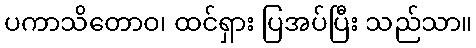
ပကာသိတောဝ၊ ထင်ရှား ပြအပ်ပြီး သည်သာ။